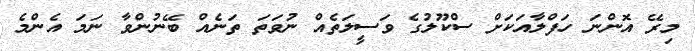
މިރޭ އޮންނަ ހަފްލާއަކަށް ސްކޫލުގެ ވަސީލަތެއް ނުވަތަ ތަނެއް ބޭނުންވާ ނަމަ އެންމެ